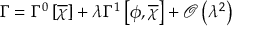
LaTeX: \Gamma = \Gamma ^ { 0 } \left[ \overline { { { \chi } } } \right] + \lambda \Gamma ^ { 1 } \left[ \phi , \overline { { { \chi } } } \right] + { \mathcal O } \left( \lambda ^ { 2 } \right)